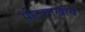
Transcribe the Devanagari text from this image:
पोटशाखांचे